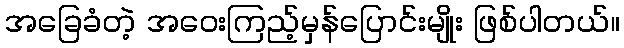
အခြေခံတဲ့ အဝေးကြည့်မှန်ပြောင်းမျိုး ဖြစ်ပါတယ်။